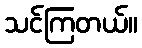
သင်ကြတယ်။